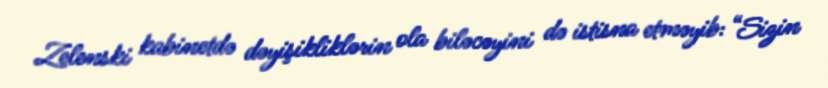
Zelenski kabinetdə dəyişikliklərin ola biləcəyini də istisna etməyib: “Sizin